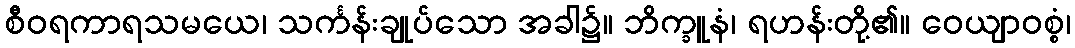
စီဝရကာရသမယေ၊ သင်္ကန်းချုပ်သော အခါ၌။ ဘိက္ခူနံ၊ ရဟန်းတို့၏။ ဝေယျာဝစ္စံ၊